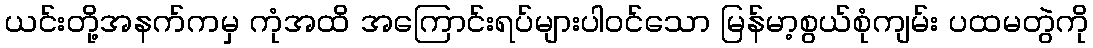
ယင်းတို့အနက်ကမှ ကုံအထိ အကြောင်းရပ်များပါဝင်သော မြန်မာ့စွယ်စုံကျမ်း ပထမတွဲကို